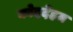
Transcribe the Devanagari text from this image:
कोददेंहम